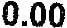
0.00